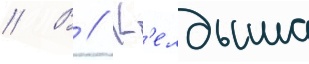
// В // К'елдыша